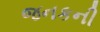
જનકની